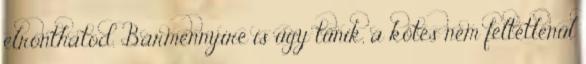
elronthatod. Bármennyire is úgy tűnik, a kötés nem feltétlenül